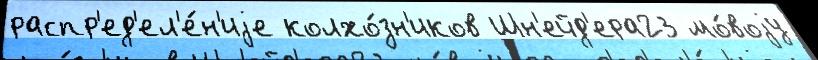
распр'ед'ел'е́н'иjе колхо́зн'иков Шн'ейд'ера23 мо́воjу